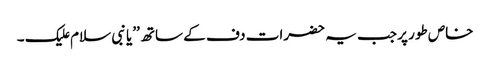
خاص طور پر جب یہ حضرات دف کے ساتھ ’’یا نبی سلام علیک ۔